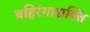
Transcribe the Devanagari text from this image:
बहिरंगाशक्ति